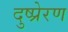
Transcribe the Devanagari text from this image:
दुष्प्रेरण